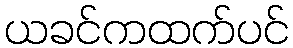
ယခင်ကထက်ပင်